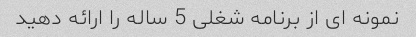
نمونه ای از برنامه شغلی 5 ساله را ارائه دهید